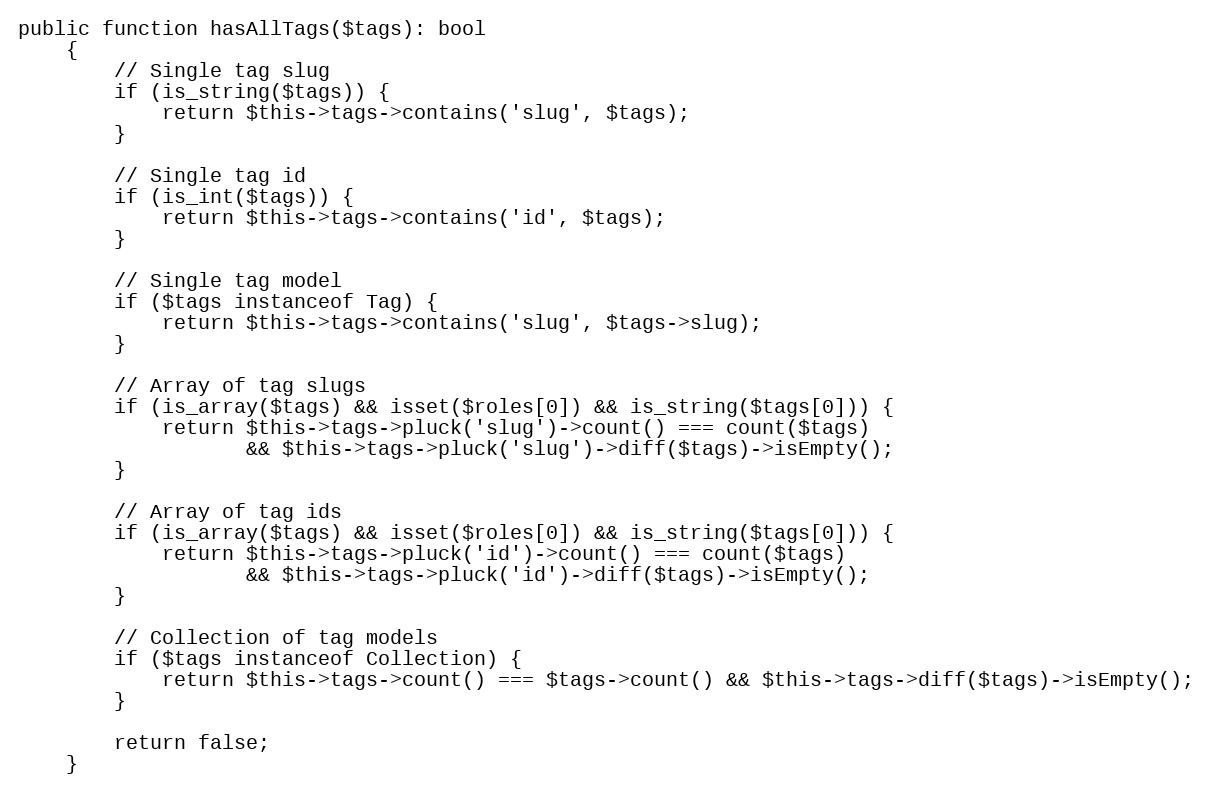
Language: PHP
public function hasAllTags($tags): bool
    {
        // Single tag slug
        if (is_string($tags)) {
            return $this->tags->contains('slug', $tags);
        }

        // Single tag id
        if (is_int($tags)) {
            return $this->tags->contains('id', $tags);
        }

        // Single tag model
        if ($tags instanceof Tag) {
            return $this->tags->contains('slug', $tags->slug);
        }

        // Array of tag slugs
        if (is_array($tags) && isset($roles[0]) && is_string($tags[0])) {
            return $this->tags->pluck('slug')->count() === count($tags)
                   && $this->tags->pluck('slug')->diff($tags)->isEmpty();
        }

        // Array of tag ids
        if (is_array($tags) && isset($roles[0]) && is_string($tags[0])) {
            return $this->tags->pluck('id')->count() === count($tags)
                   && $this->tags->pluck('id')->diff($tags)->isEmpty();
        }

        // Collection of tag models
        if ($tags instanceof Collection) {
            return $this->tags->count() === $tags->count() && $this->tags->diff($tags)->isEmpty();
        }

        return false;
    }